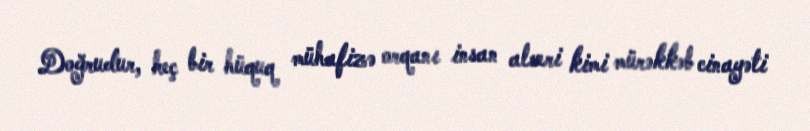
Doğrudur, heç bir hüquq mühafizə orqanı insan alveri kimi mürəkkəb cinayəti